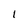
Character: I